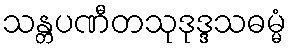
သန္တပဏီတသုဒုဒ္ဒသဓမ္မံ